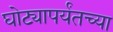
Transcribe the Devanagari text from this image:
घोट्यापर्यंतच्या